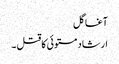
آغا گل
ارشاد مستوئی کا قتل ۔